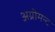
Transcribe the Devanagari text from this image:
अग्रीमन्ट